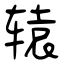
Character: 辕